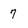
Character: 7